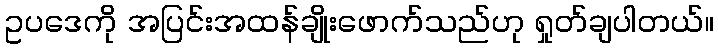
ဥပဒေကို အပြင်းအထန်ချိုးဖောက်သည်ဟု ရှုတ်ချပါတယ်။